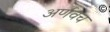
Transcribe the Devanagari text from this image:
अर्णवच